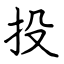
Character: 投